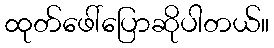
ထုတ်ဖေါ်ပြောဆိုပါတယ်။